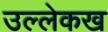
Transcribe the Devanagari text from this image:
उल्लेकख